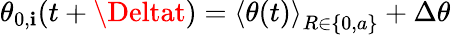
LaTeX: \theta_{0,\mathbf{i}}(t+\Deltat)={\langle\theta(t)\rangle}_{R\in\{ 0,a\} }+\Delta\theta